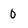
Character: 0